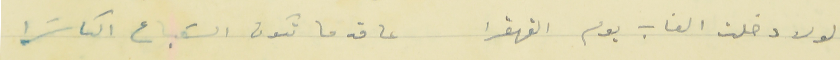
لولا دخلت الغاب يوم القهقرا                    عا قد ما تكون السَباع الكاسَرا